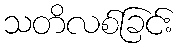
သတိလစ်ခြင်း